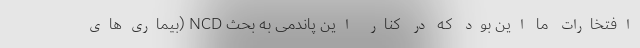
افتخارات ما این بود که در کنار این پاندمی به بحث NCD (بیماری‌های